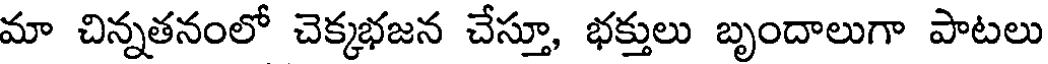
మా చిన్నతనంలో చెక్కభజన చేస్తూ, భక్తులు బృందాలుగా పాటలు